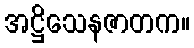
အဋ္ဌိသေနဇာတက။